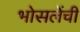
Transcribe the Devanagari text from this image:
भोसलेंची